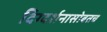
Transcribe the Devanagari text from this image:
दिग्दर्शनासोबतच